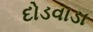
દોડવાડા